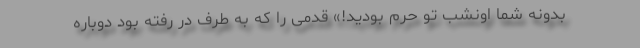
بدونه شما اونشب تو حرم بودید!» قدمی را که به طرف در رفته بود دوباره